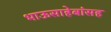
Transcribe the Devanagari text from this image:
भाऊसाहेबांसह